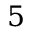
5